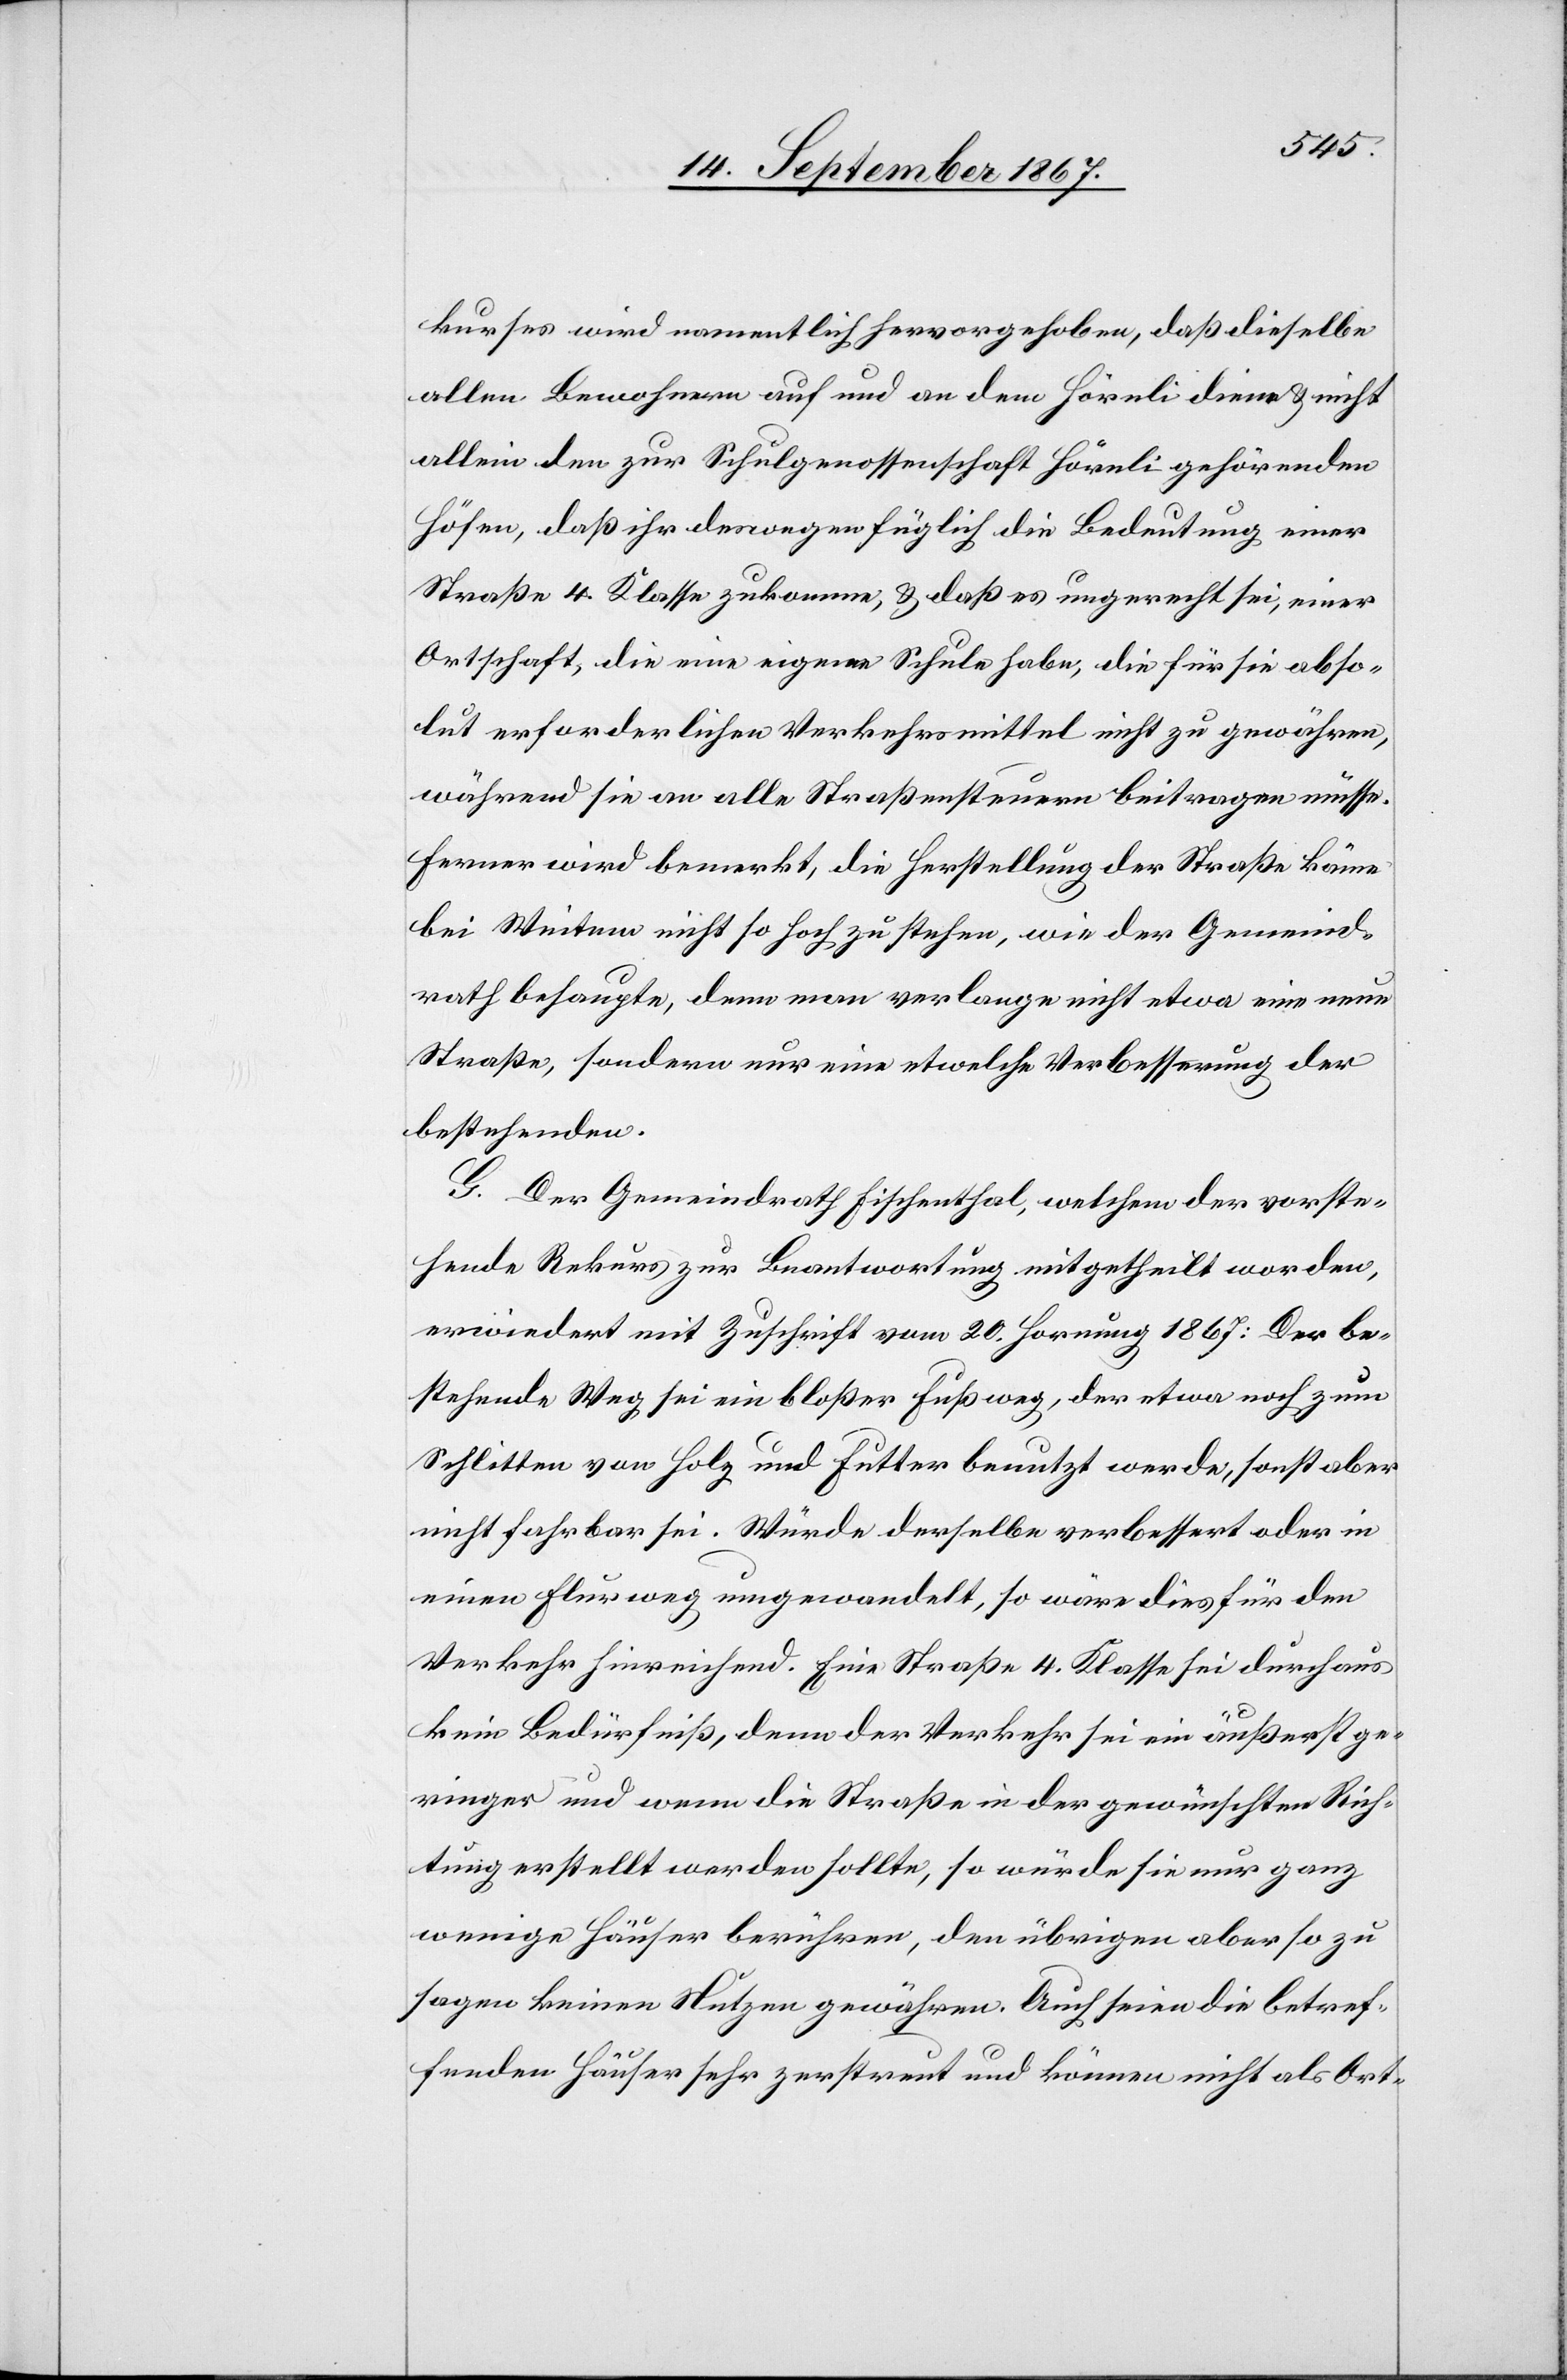
kurses wird namentlich hervorgehoben, daß dieselbe
allen Bewohnern auf und an dem Hörnli diene u. nicht
allein den zur Schulgenossenschaft Hörnli gehörenden
Höfen, daß ihr deswegen füglich die Bedeutung einer
Straße 4. Klasse zukomme, u. daß es ungerecht sei, einer
Ortschaft, die eine eigene Schule habe, die für sie abso¬
lut erforderlichen Verkehrsmittel nicht zu gewähren,
während sie an alle Straßensteuern beitragen müsse.
Ferner wird bemerkt, die Herstellung der Straße käme
bei Weitem nicht so hoch zu stehen, wie der Gemeind¬
rath behaupte, denn man verlange nicht etwa eine neue
Straße, sondern nur eine etwelche Verbesserung der
bestehenden.
G. Der Gemeindrath Fischenthal, welchem der vorste¬
hende Rekurs zur Beantwortung mitgetheilt worden,
erwiedert mit Zuschrift vom 20. Hornung 1867: Der be¬
stehende Weg sei ein bloßer Fußweg, der etwa noch zum
Schlitten von Holz und Futter benutzt werde, sonst aber
nicht fahrbar sei. Würde derselbe verbessert oder in
einen Flurweg umgewandelt, so wäre dies für den
Verkehr hinreichend. Eine Straße 4. Klasse sei durchaus
kein Bedürfniß, denn der Verkehr sei ein äußerst ge¬
ringer und wenn die Straße in der gewünschten Rich¬
tung erstellt werden sollte, so würde sie nur ganz
wenige Häuser berühren, den übrigen aber so zu
sagen keinen Nutzen gewähren. Auch seien die betref¬
fenden Häuser sehr zerstreut und können nicht als Ort-